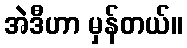
အဲဒီဟာ မှန်တယ်။